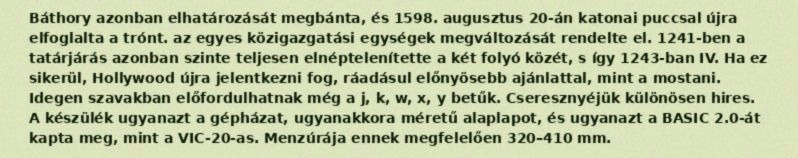
Báthory azonban elhatározását megbánta, és 1598. augusztus 20-án katonai puccsal újra elfoglalta a trónt. az egyes közigazgatási egységek megváltozását rendelte el. 1241-ben a tatárjárás azonban szinte teljesen elnéptelenítette a két folyó közét, s így 1243-ban IV. Ha ez sikerül, Hollywood újra jelentkezni fog, ráadásul előnyösebb ajánlattal, mint a mostani. Idegen szavakban előfordulhatnak még a j, k, w, x, y betűk. Cseresznyéjük különösen hires. A készülék ugyanazt a gépházat, ugyanakkora méretű alaplapot, és ugyanazt a BASIC 2.0-át kapta meg, mint a VIC-20-as. Menzúrája ennek megfelelően 320–410 mm.